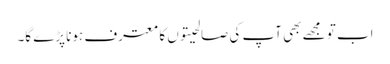
اب تو مجھے بھی آپ کی صالحیتوں کا معترف ہونا پڑے گا۔